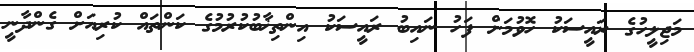
މަޖިލީހުގެ ރައީސަކު ހޮވުމަށް ފަހު ނައިބު ރައީސަކު އިންތިޚާބުކުރުމުގެ ކަންތައް ކުރިއަށް ގެންދާނީ